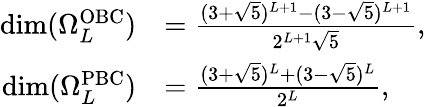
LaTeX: \begin{array}{rl}{\mathrm{dim}(\Omega_{L}^{\mathrm{OBC}})}&{=\frac{(3+\sqrt 5)^{L+1}-(3-\sqrt 5)^{L+1}}{2^{L+1}\sqrt{5}},}\\ {\mathrm{dim}(\Omega_{L}^{\mathrm{PBC}})}&{=\frac{(3+\sqrt 5)^{L}+(3-\sqrt 5)^{L}}{2^{L}},}\end{array}